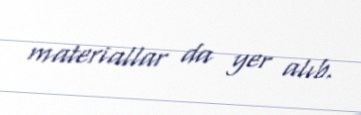
materiallar da yer alıb.